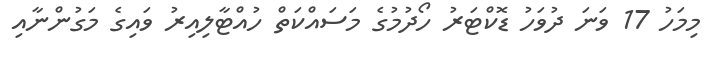
މިމަހު 17 ވަނަ ދުވަހު ޑޮކްޓަރު ހޯދުމުގެ މަސައްކަތް ހުއްޓާލިއިރު ވައިގެ މަގުންނާއި